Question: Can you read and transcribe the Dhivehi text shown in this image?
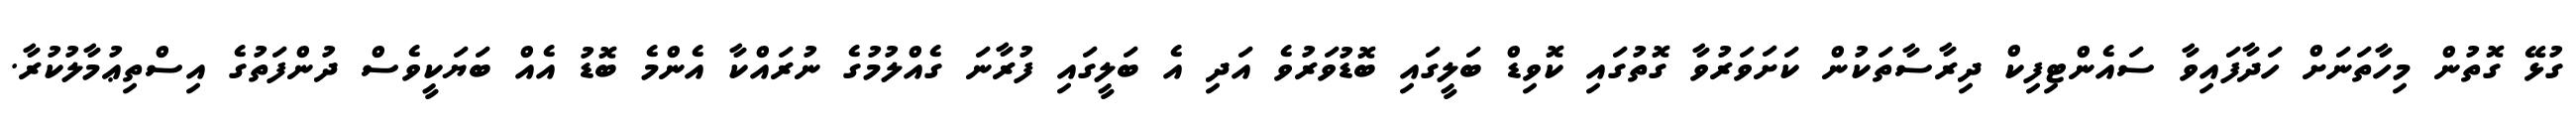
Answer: ގުޅޭ ގޮތުން މިހާތަނަށް ހަދާފައިވާ ސައެންޓިފިކް ދިރާސާތަކުން ކަށަވަރުވާ ގޮތުގައި ކޮވިޑް ބަލީގައި ބޮޑުވަރުވެ އަދި އެ ބަލީގައި ފުރާނަ ގެއްލުމުގެ ނުރައްކާ އެންމެ ބޮޑު އެއް ބަޔަކީވެސް ދުންފަތުގެ އިސްތިޢުމާލުކުރާ.